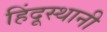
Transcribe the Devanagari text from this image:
हिंदूस्थानी